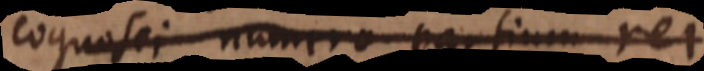
cognosci numero partium rei